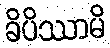
ခိပိဿာမိ